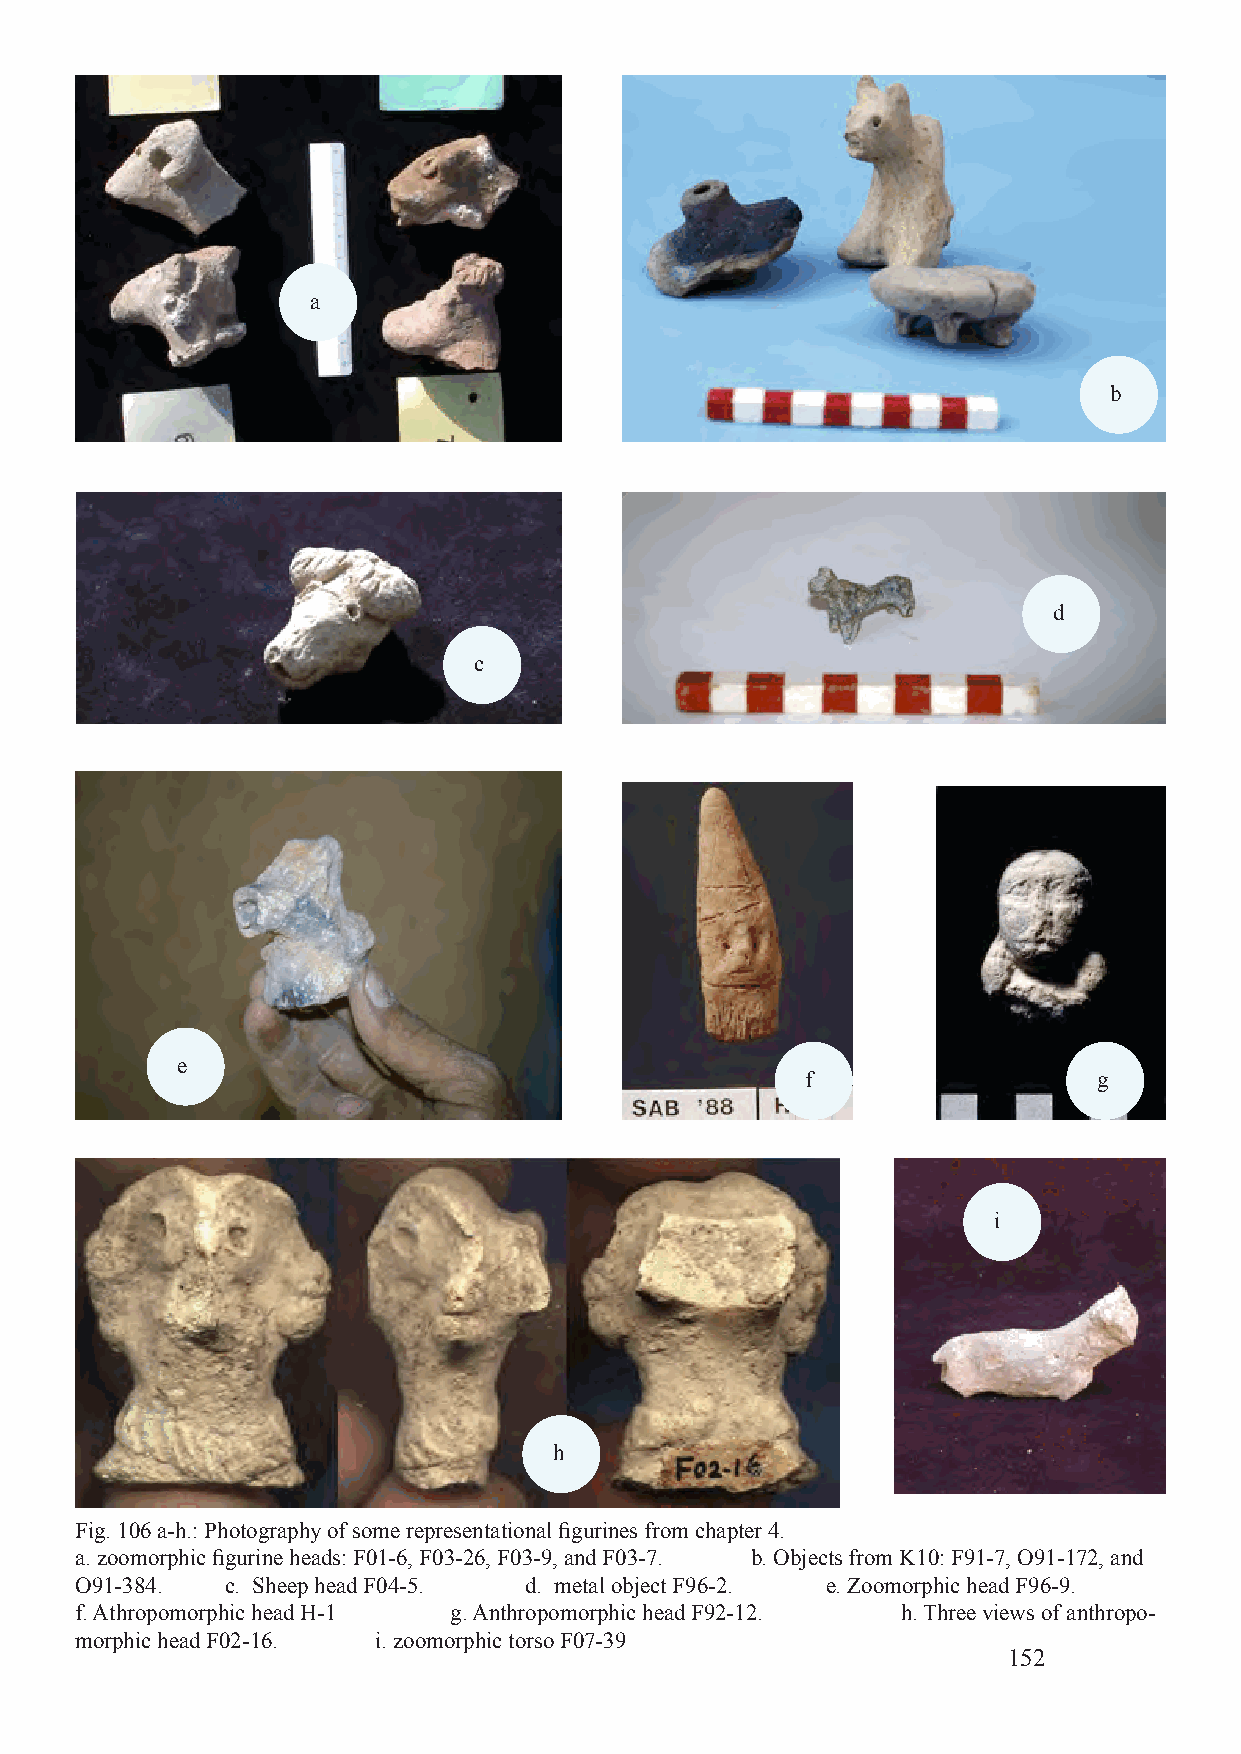
a
 b
 d
 c
 e
 f                   g
 i
 h
 Fig. 106 a-h.: Photography of some representational figurines from chapter 4.
 a. zoomorphic figurine heads: F01-6, F03-26, F03-9, and F03-7. b. Objects from K10: F91-7, O91-172, and
 O91-384.  c. Sheep head F04-5. d. metal object F96-2. e. Zoomorphic head F96-9.
 f. Athropomorphic head H-1 g. Anthropomorphic head F92-12. h. Three views of anthropo-
 morphic head F02-16. i. zoomorphic torso F07-39
 152